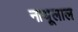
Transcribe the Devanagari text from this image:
नाथूलाल